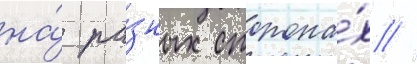
на́ ра́зных сторона́х //